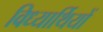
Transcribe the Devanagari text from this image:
विध्यार्थियों